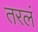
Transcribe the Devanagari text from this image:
तरलं